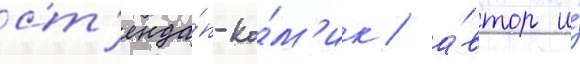
ст'енда́п-ко́м'ик / а́втор и́